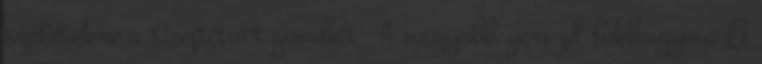
szeletekre a tisztított gombát. 4 nagyobb gerezd fokhagyma A